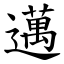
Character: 邁